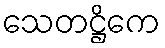
သေတဋ္ဌိကေ